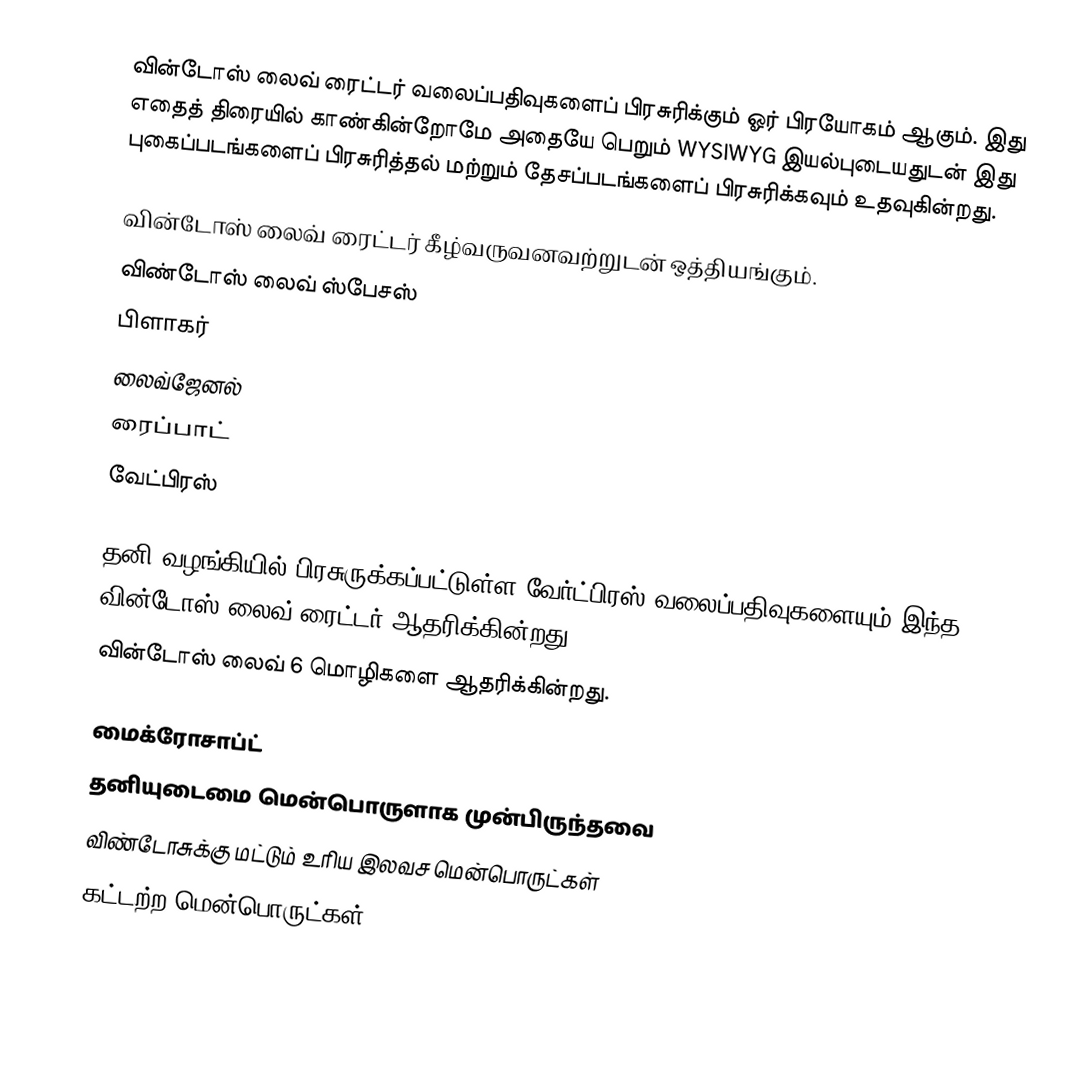
வின்டோஸ் லைவ் ரைட்டர் வலைப்பதிவுகளைப் பிரசுரிக்கும் ஓர் பிரயோகம் ஆகும். இது எதைத் திரையில் காண்கின்றோமே அதையே பெறும் WYSIWYG இயல்புடையதுடன் இது புகைப்படங்களைப் பிரசுரித்தல் மற்றும் தேசப்படங்களைப் பிரசுரிக்கவும் உதவுகின்றது.

வின்டோஸ் லைவ் ரைட்டர் கீழ்வருவனவற்றுடன் ஒத்தியங்கும்.
விண்டோஸ் லைவ் ஸ்பேசஸ்
பிளாகர்
லைவ்ஜேனல்
ரைப்பாட்
வேட்பிரஸ்

தனி வழங்கியில் பிரசுருக்கப்பட்டுள்ள வேர்ட்பிரஸ் வலைப்பதிவுகளையும் இந்த வின்டோஸ் லைவ் ரைட்டர் ஆதரிக்கின்றது.
வின்டோஸ் லைவ் 6 மொழிகளை ஆதரிக்கின்றது.

மைக்ரோசாப்ட்
தனியுடைமை மென்பொருளாக முன்பிருந்தவை
விண்டோசுக்கு மட்டும் உரிய இலவச மென்பொருட்கள்
கட்டற்ற மென்பொருட்கள்